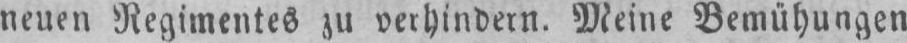
neuen Regimentes zu verhindern. Meine Bemühungen